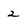
Character: 2